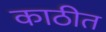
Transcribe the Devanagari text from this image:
काठीत